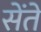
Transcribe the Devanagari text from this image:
सेंते